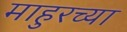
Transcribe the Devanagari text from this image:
माहुरच्या